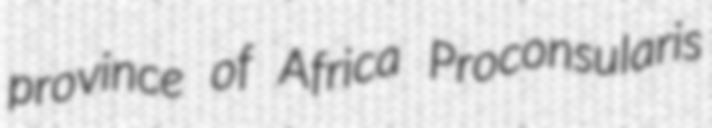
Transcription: province of Africa Proconsularis